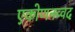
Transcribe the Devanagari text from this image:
एकोणनव्वद